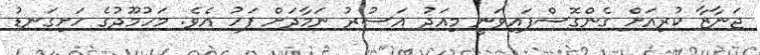
ޖަނާޒާ ކުރިއަށް ގެންގޮސްފައިވަނީ މިއަދު އަސުރު ނަމާދަށް ފަހު އެވެ. މަހުމޫދުގެ ހަށިގަނޑު